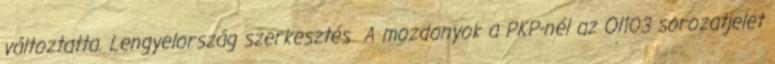
változtatta. Lengyelország szerkesztés A mozdonyok a PKP-nél az Ol103 sorozatjelet